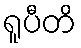
ရူပီတိ